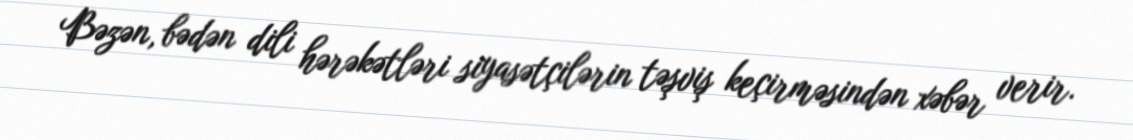
Bəzən, bədən dili hərəkətləri siyasətçilərin təşviş keçirməsindən xəbər verir.